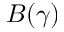
B ( \gamma )